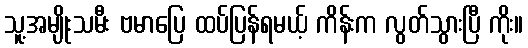
သူ့အမျိုးသမီး ဗမာပြေ ထပ်ပြန်ရမယ့် ကိန်းက လွတ်သွားပြီ ကိုး။